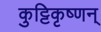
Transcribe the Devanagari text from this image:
कुट्टिकृष्णन्